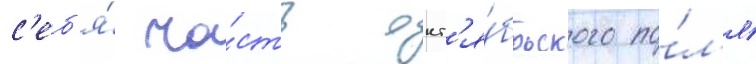
с'еб'я́ ча́сть окт'я́брьского по́л'я